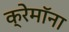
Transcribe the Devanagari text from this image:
क्रेमॉना